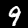
Digit: 9